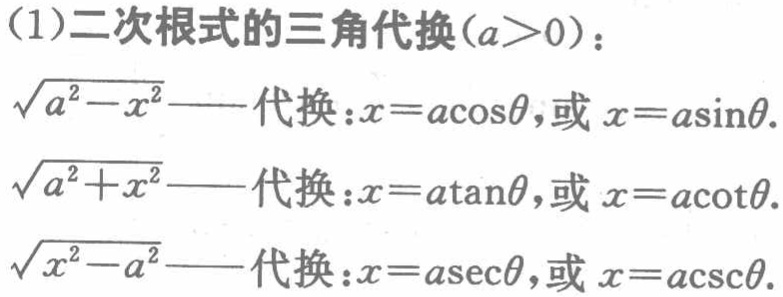
(1)二次根式的三角代换($a > 0$)：

$\sqrt{a^{2}-x^{2}}$——代换：$x = a\cos\theta$，或$x = a\sin\theta$.

$\sqrt{a^{2}+x^{2}}$——代换：$x = a\tan\theta$，或$x = a\cot\theta$.

$\sqrt{x^{2}-a^{2}}$——代换：$x = a\sec\theta$，或$x = a\csc\theta$.